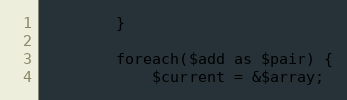
Language: PHP
        }

        foreach($add as $pair) {
            $current = &$array;